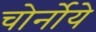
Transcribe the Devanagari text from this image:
चोर्नोये